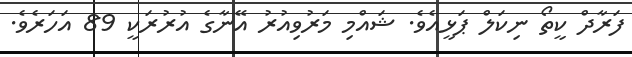
ފަރާދް ކީތޯ ނިކަލް ޕަޅީއެވެ. ޝައްމި މަރުވިއުރު އޭނާގެ އުރުރަކީ 89 އަހަރެވެ.